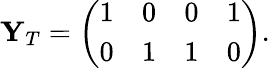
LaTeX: \mathbf{Y}_{T}=\left(\begin{array}{cccc}{1}&{0}&{0}&{1}\\ {0}&{1}&{1}&{0}\end{array}\right).